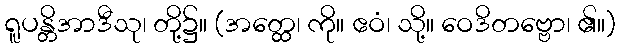
ရူပန္တိအာဒီသု၊ တို့၌။ (အတ္ထေ၊ ကို။ ဧဝံ၊ သို့။ ဝေဒိတဗ္ဗော၊ ၏။)